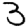
Digit: 3